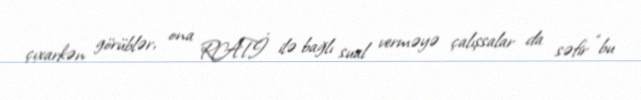
çıxarkən görüblər, ona RATİ ilə bağlı sual verməyə çalışsalar da səfir “bu